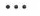
…